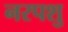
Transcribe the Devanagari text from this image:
नरपशु